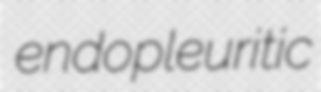
endopleuritic